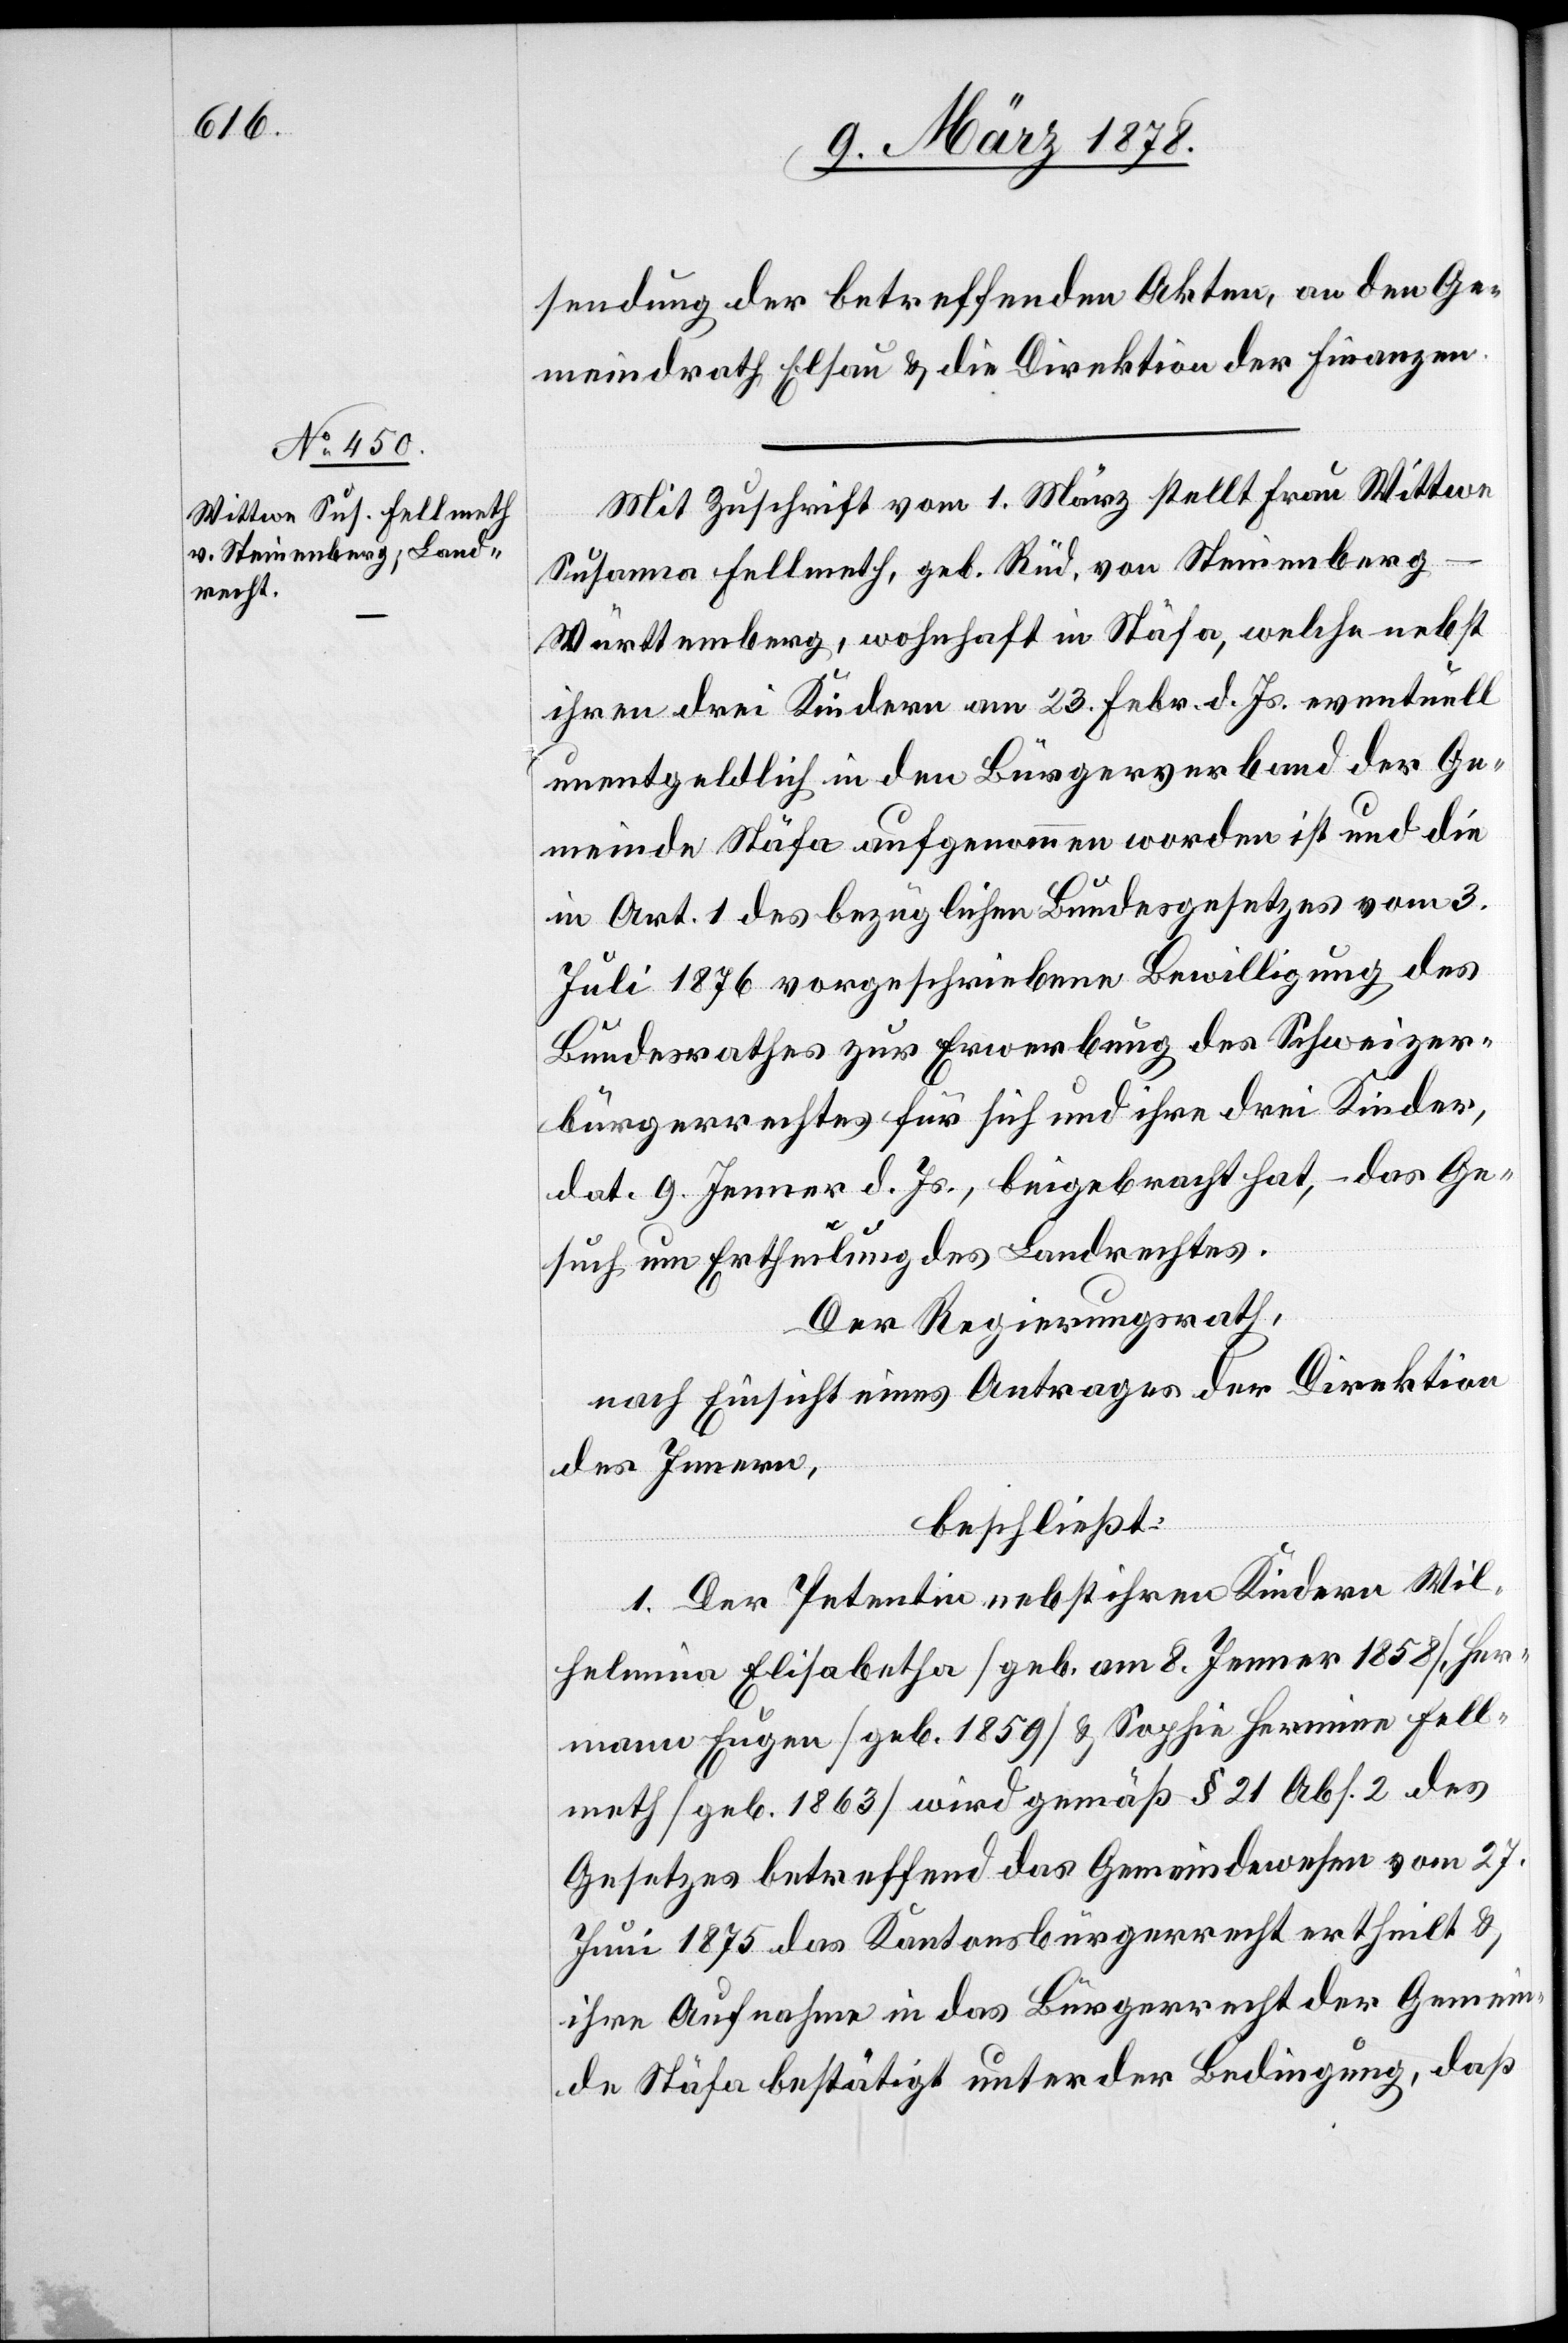
sendung der betreffenden Akten, an den Ge¬
meindrath Elsau & die Direktion der Finanzen.
Mit Zuschrift vom 1. März stellt Frau Wittwe
Susanna Fellmeth, geb. Rüd, von Steinenberg
Württemberg, wohnhaft in Stäfa, welche nebst
ihren drei Kindern am 23. Febr. d. Js. eventuell
unentgeldlich in den Bürgerverband der Ge¬
meinde Stäfa aufgenommen worden ist und die
in Art. 1 des bezüglichen Bundesgesetzes vom 3.
Juli 1876 vorgeschriebene Bewilligung des
Bundesrathes zur Erwerbung des Schweizer¬
bürgerrechtes für sich und ihre drei Kinder,
dat. 9. Jenner d. Js, beigebracht hat, – das Ge¬
such um Ertheilung des Landrechtes.
Der Regierungsrath,
nach Einsicht eines Antrages der Direktion
des Innern,
beschließt:
1. Der Petentin, nebst ihren Kindern Wil¬
helmina Elisabetha (geb. am 8. Jenner 1858), Her¬
mann Eugen (geb. 1859) & Sophie Hermine Fell¬
meth (geb. 1863) wird gemäß § 21 Abs. 2 des
Gesetzes betreffend das Gemeindewesen vom 27.
Juni 1875 das Kantonsbürgerrecht ertheilt &
ihre Aufnahme in das Bürgerrecht der Gemein¬
de Stäfa bestätigt unter der Bedingung, daß